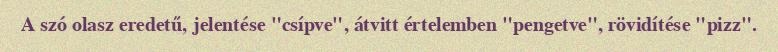
A szó olasz eredetű, jelentése "csípve", átvitt értelemben "pengetve", rövidítése "pizz".